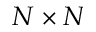
N \times N